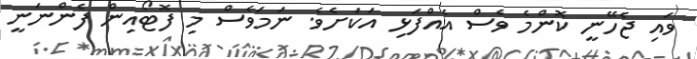
ވައި ޖެހޭނީ ކޮންމެ ވެސް އެއްފަޅި އަކަށެވެ. ނަމަވެސް މި ފޮޓޯއިން ފެންނަނީ